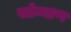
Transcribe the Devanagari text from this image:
खोम्माण